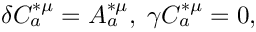
\delta C _ { a } ^ { * \mu } = A _ { a } ^ { * \mu } , \; \gamma C _ { a } ^ { * \mu } = 0 ,